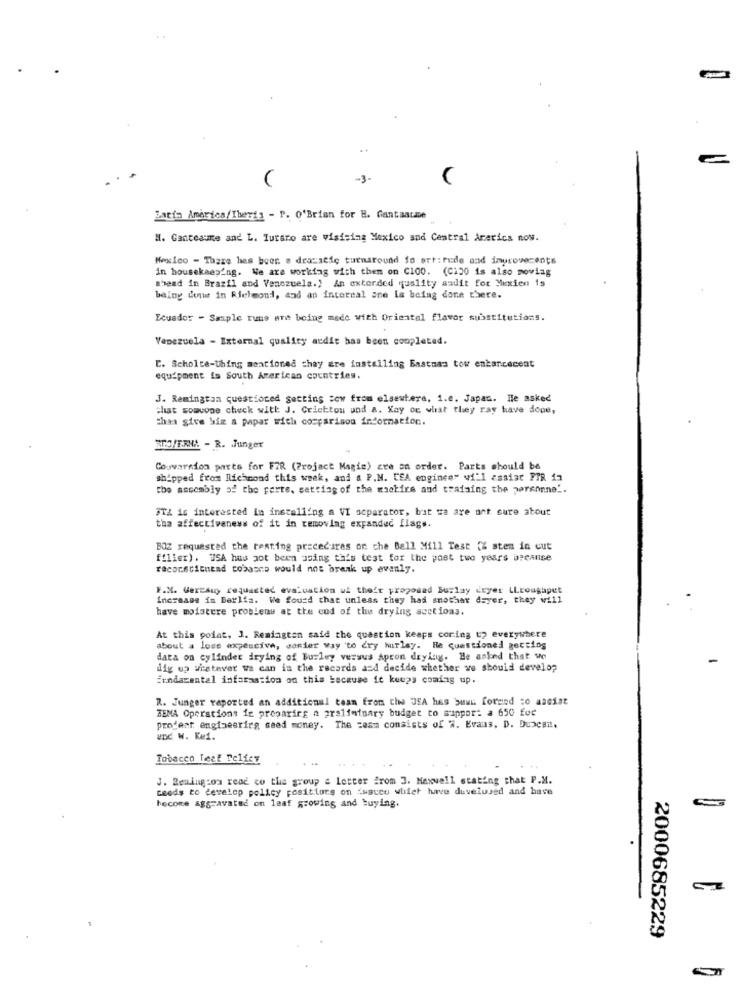
-3-
Latin America/Iberia - P. O'Brien for B. Gantaaune
H. Canteaune and L. Turaro are visising Mexico and Central Arerics now.
Mexico - There has been e deacacie turnaround fo ort: rude and inyrowecents
in housekeeping. We are working with them on C100. (C130 is also moving
ahead in Brazil and Venezuela ., An exterded uslity audit for Miotien 1s
being done in Richmond, and an internal ane is being done there.
Ecuador - Sample rune are being made with Oriental flavor substitutions.
Venezuela - External quality acdie has been completed.
E. Scholte-Ubing mentioned chay are installing Eastuas tow enbancecent
equipment is South American countries.
J. Remington questioned getting sow from elsewhere, 1.e. Japan. Ile asked
that somcome check with J. Crichton und a. Kay oc what they ray have dope,
thaa give Sie a papar with comparison information.
NO/FRHA - R. Junger
Conversion parts for FIR (Project Magie) are on order. Parts should be
shipped from Richmond this week, and & P.M. LEA enginee" will assist FIR 17
the assembly of the perte, setting of the machine and training the personne'.
STA is interested in installing a VI scparator, but we are ant sure about
tha affectivenews of it in removing expanded flags.
BOZ requested the resting procedures on che Ball Mill Test {% stem in cut
filler). USA has not been using this test for the past two years because
recorscientad tobacco would not break up evenly.
F.X. Wercamy requacted evaluation ul their proposed Burlay deyer LLroughput
increase in Berlin. We foued that unless they had another dayer, they will
have moistere probleny at the cod of the drying scetions.
At this point, J. Remington said the question keeps coring up everywhere
about a loss expencive, conier way to cry hurley. Re questioned getting
data on cylinder drying of Burley versus apron drying. He asked that we
dig up wistever wa can in the records and decide whether we should develop
Fundamental infarastion on this because it keeps coming up.
R. Junger reported an additional team from the JEA hes Suun formed to assist
REMA Operations ie preparing a preliminary budget to support a 650 for
project engineering seed money. The =esa consists of ". Evans, D. Duncan.
und W. Kei.
Tobacco Test Telicy
J. Reaing:on read co the group a Letter from 3. Maxwell stating that P.M.
ceeds to develop policy positions on fasceu whiet have duvelused and have
become aggravated on leaf growing and buying.
2000685229